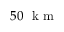
5 0 ~ \mathrm { ~ k ~ m ~ }